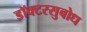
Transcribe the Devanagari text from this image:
डॉक्टरसुबोध